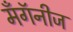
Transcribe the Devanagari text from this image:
मँगॅनीज